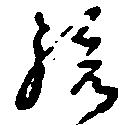
孫